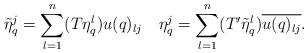
LaTeX: \begin{align*}\tilde{\eta}_q^j=\sum_{l=1}^n(T\eta_q^l)u(q)_{lj}\quad\eta_q^j=\sum_{l=1}^n(T'\tilde{\eta}_q^l)\overline{u(q)_{lj}}.\end{align*}